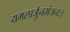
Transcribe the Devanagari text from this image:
यमलार्जुनभंजनः।